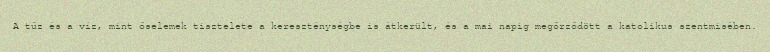
A tűz és a víz, mint őselemek tisztelete a kereszténységbe is átkerült, és a mai napig megőrződött a katolikus szentmisében.